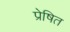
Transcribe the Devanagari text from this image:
प्रेषित